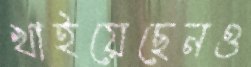
খাইয়েছেনও